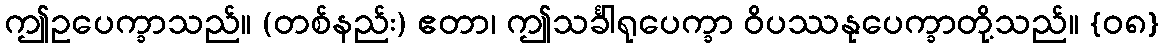
ဤဥပေက္ခာသည်။ (တစ်နည်း) ဧတာ၊ ဤသင်္ခါရုပေက္ခာ ဝိပဿနုပေက္ခာတို့သည်။ {၀၈}